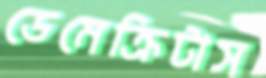
ডেমেক্রিটাস